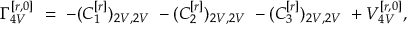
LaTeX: \Gamma _ { 4 V } ^ { [ r , 0 ] } \ = \ - ( C _ { 1 } ^ { [ r ] } ) _ { 2 V , 2 V } \ - ( C _ { 2 } ^ { [ r ] } ) _ { 2 V , 2 V } \ - ( C _ { 3 } ^ { [ r ] } ) _ { 2 V , 2 V } \ + V _ { 4 V } ^ { [ r , 0 ] } ,